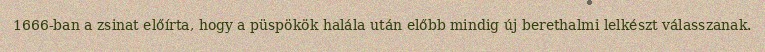
1666-ban a zsinat előírta, hogy a püspökök halála után előbb mindig új berethalmi lelkészt válasszanak.